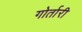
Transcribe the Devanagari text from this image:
गोर्तारी